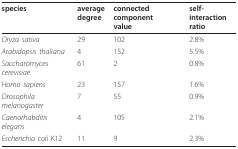
| species | average degree | connected component value | self-interaction ratio |
 | --- | --- | --- | --- |
 | Oryza sativa | 29 | 102 | 2.8% |
 | Arabidopsis thaliana | 4 | 152 | 5.5% |
 | Saccharomyces cerevisiae | 61 | 2 | 0.8% |
 | Homo sapiens | 23 | 157 | 1.6% |
 | Drosophila melanogaster | 7 | 55 | 0.9% |
 | Caenorhabditis elegans | 4 | 105 | 2.1% |
 | Escherichia coli K12 | 11 | 9 | 2.3% |